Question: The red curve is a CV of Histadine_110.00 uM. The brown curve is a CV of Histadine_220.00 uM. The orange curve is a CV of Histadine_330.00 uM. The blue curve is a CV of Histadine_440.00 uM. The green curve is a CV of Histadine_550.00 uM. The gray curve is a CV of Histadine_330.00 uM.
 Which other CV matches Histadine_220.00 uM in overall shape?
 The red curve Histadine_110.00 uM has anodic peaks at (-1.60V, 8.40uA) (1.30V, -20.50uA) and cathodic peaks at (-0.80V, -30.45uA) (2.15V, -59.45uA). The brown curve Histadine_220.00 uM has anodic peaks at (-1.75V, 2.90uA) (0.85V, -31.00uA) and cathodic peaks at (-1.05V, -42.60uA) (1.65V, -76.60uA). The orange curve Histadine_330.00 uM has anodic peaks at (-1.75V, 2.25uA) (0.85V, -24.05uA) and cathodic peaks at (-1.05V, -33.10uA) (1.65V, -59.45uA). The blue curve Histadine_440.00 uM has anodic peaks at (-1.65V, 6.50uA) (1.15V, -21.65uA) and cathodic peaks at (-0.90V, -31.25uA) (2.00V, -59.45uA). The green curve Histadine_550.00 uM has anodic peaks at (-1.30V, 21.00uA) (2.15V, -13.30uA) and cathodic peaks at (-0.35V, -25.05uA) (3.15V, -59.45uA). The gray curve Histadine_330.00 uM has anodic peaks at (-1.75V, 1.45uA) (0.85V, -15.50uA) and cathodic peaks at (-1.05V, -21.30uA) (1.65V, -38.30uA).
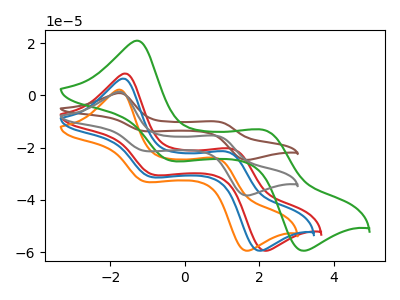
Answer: <think>"Histadine_110.00 uM" and "Histadine_220.00 uM" have at least one peak that do not match. "Histadine_110.00 uM" and "Histadine_330.00 uM" have at least one peak that do not match. "Histadine_110.00 uM" and "Histadine_440.00 uM" have at least one peak that do not match. "Histadine_110.00 uM" and "Histadine_550.00 uM" have at least one peak that do not match. "Histadine_110.00 uM" and "Histadine_330.00 uM" have at least one peak that do not match. All the peaks in "Histadine_220.00 uM" have a peak in "Histadine_330.00 uM" at the same potential. "Histadine_220.00 uM" and "Histadine_440.00 uM" have at least one peak that do not match. "Histadine_220.00 uM" and "Histadine_550.00 uM" have at least one peak that do not match. All the peaks in "Histadine_220.00 uM" have a peak in "Histadine_330.00 uM" at the same potential. "Histadine_330.00 uM" and "Histadine_440.00 uM" have at least one peak that do not match. "Histadine_330.00 uM" and "Histadine_550.00 uM" have at least one peak that do not match. All the peaks in "Histadine_330.00 uM" have a peak in "Histadine_330.00 uM" at the same potential. "Histadine_440.00 uM" and "Histadine_550.00 uM" have at least one peak that do not match. "Histadine_440.00 uM" and "Histadine_330.00 uM" have at least one peak that do not match. "Histadine_550.00 uM" and "Histadine_330.00 uM" have at least one peak that do not match.
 </think>
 <answer>"Histadine_220.00 uM" and "Histadine_330.00 uM" have a similar shape to "Histadine_330.00 uM".</answer>
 <eval>"Histadine_220.00 uM" "Histadine_330.00 uM"</eval>